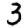
Digit: 3